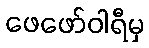
ဖေဖော်ဝါရီမှ